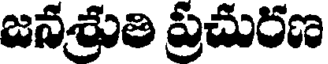
జనశ్రుతి ప్రచురణ